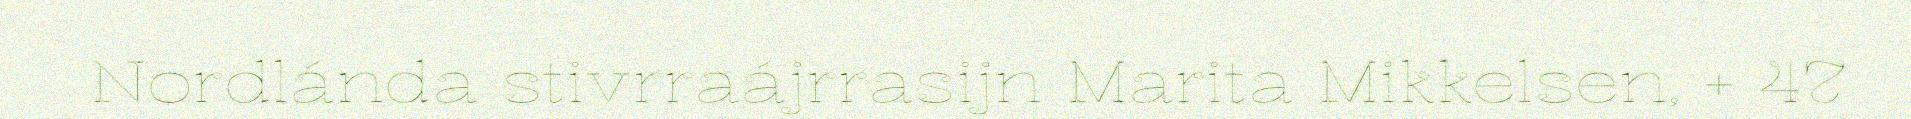
Nordlánda stivrraájrrasijn Marita Mikkelsen, + 47